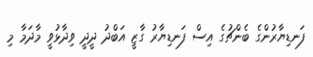
ފަނޑިޔާރުންގެ ބެންޗުގެ އިސް ފަނޑިޔާރު ގާޒީ އަބްދު ދީދީ ވިދާޅުވީ މާދަމާ މި